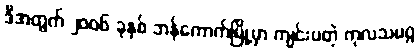
ဒီအတွက် ၂၀၀၆ ခုနှစ် ဘန်ကောက်မြို့မှာ ကျင်းပတဲ့ ကုလသမဂ္ဂ